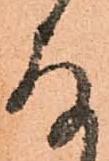
存